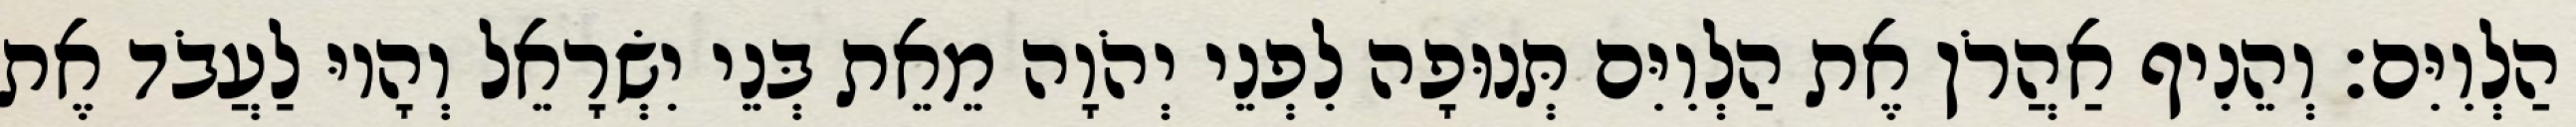
הַלְוִיִּם׃ וְהֵנִיף אַהֲרֹן אֶת הַלְוִיִּם תְּנוּפָה לִפְנֵי יְהֹוָה מֵאֵת בְּנֵי יִשְׂרָאֵל וְהָיוּ לַעֲבֹד אֶת